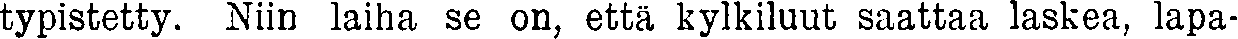
typistetty. Niin laiha se on, että kylkiluut saattaa laskea, lapa-